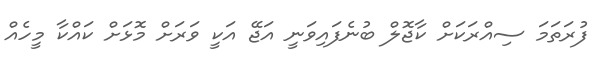
ފުރަތަމަ ސިއްރަކަށް ކާޖޮލް ބުނެފައިވަނީ އަޖޭ އަކީ ވަރަށް މޮޅަށް ކައްކާ މީހެއް